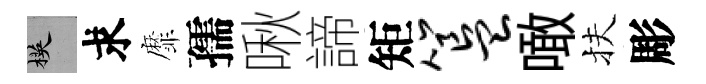
楧求靡孺啾諦矩簋噉扶彫